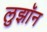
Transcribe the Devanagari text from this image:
लुझॉन